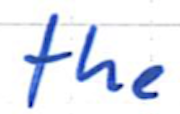
Text: the
Cross-out: clean
Writing tool: ballpoint